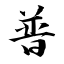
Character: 普